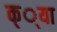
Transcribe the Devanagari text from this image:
क््या